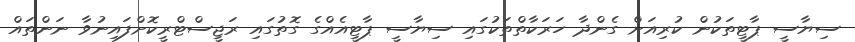
ސިޔާސީ ޕާޓީތަކުން ކުރިއަށް ގެންދާ ހަރަކާތްތަކުގައި ސިޔާސީ ޕާޓީއެއްގެ ގޮތުގައި ރަޖީސްޓްރީކޮށްފައިނުވާ ނަންތައް